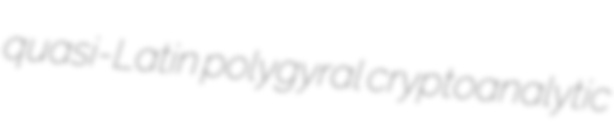
quasi-Latin polygyral cryptoanalytic